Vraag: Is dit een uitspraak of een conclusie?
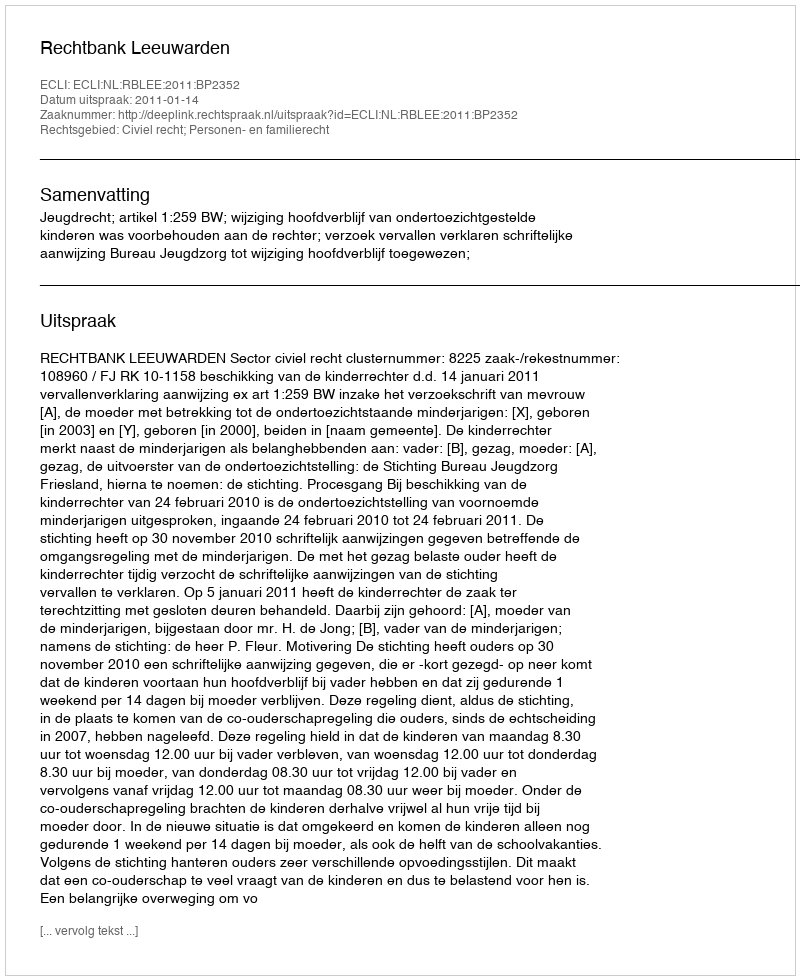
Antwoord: Uitspraak